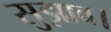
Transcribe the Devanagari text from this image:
सुझाव।